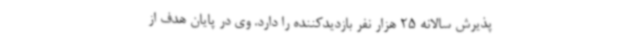
پذیرش سالانه 25 هزار نفر بازدیدکننده را دارد. وی در پایان هدف از